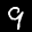
Label: 9